Report of the Indian Hemp Drugs Commission, 1894-1895 - Volume III
Year: 1894
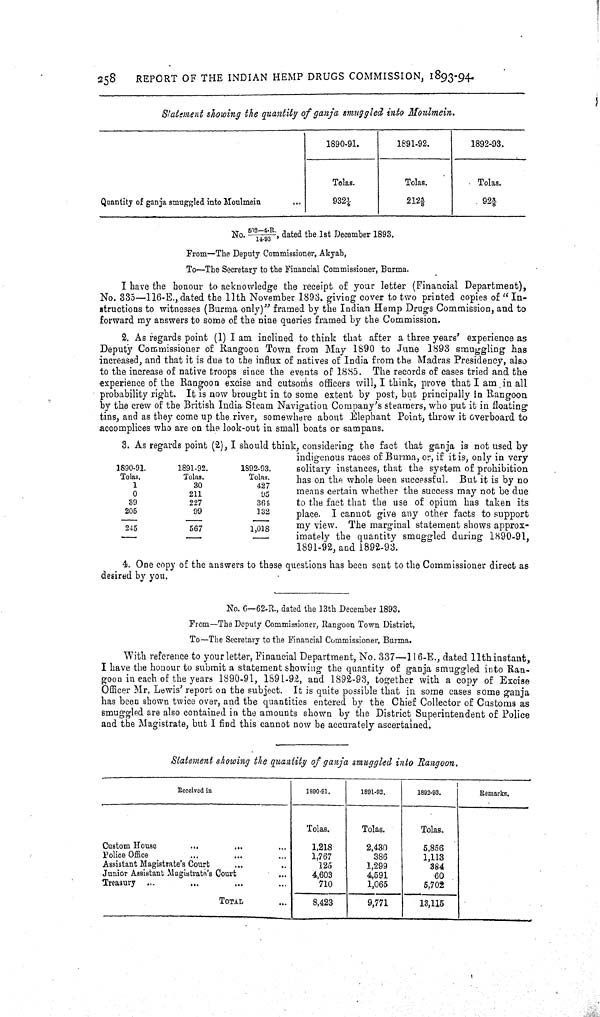
258
REPORT OF THE INDIAN HEMP DRUGS COMMISSION, 1893-94.
Statement showing the quantity of ganja smuggled into Moulmein.
1890-91.
1891-92.
1892-93.
Tolas.
Tolas.
Tolas.
Quantity of ganja smuggled into Moulmein
9321/4
2125/8
9233/8
No. 502—4.R./14-93, dated the 1st December 1893.
From—The Deputy Commi ssi oner, Akyab,
To—The Secretary to the Financial Commi ssi oner, Burma.
I have the honour to acknowledge the receipt of your letter (Financial Department),
No. 335—116-E., dated the 11th November 1893. giving cover to two printed copies of "In-
structions to witnesses (Burma only)" framed by the Indian Hemp Drugs Commission, and to
forward my answers to some of the nine queries framed by the Commission.
2. As regards point (1) I am inclined to think that after a three years' experience as
Deputy Commissioner of Rangoon Town from May 1890 to June 1893 smuggling has
increased, and that it is due to the influx of natives of India from the Madras Presidency, also
to the increase of native troops since the events of 1885. The records of cases tried and the
experience of the Rangoon excise and cutsoms officers will, I think, prove that I am in all
probability right. It is now brought in to some extent by post, but principally in Rangoon
by the crew of the British India Steam Navigation Company's steamers, who put it in floating
tins, and as they come up the river, somewhere about Elephant Point, throw it overboard to
accomplices who are on the look-out in small boats or sampans.
1890-91.
1891-92.
1892-93.
Tolas.
Tolas.
Tolas.
1
30
427
0
211
95
39
227
364
205
99
132
245
567
1,018
3. As regards point (2), I should think, considering the fact that ganja is not used by
indigenous races of Burma, or, if it is, only in very
solitary instances, that the system of prohibition
has on the whole been successful. But it is by no
means certain whether the success may not be due
to the fact that the use of opium has taken its
place. I cannot give any other facts to support
my view. The marginal statement shows approx-
imately the quantity smuggled during 1890-91,
1891-92, and 1892-93.
4. One copy of the answers to these questions has been sent to the Commissioner direct as
desired by you.
No. 6—62-R., dated the 13th December 1893.
From—The Deputy Commissioner, Rangoon Town District,
To—The Secretary to the Financial Commissioner, Burma.
With reference to your letter, Financial Department, No. 337—116-E., dated 11th instant,
I have the honour to submit a statement showing the quantity of ganja smuggled into Ran-
goon in each of the years 1890-91, 1891-92, and 1892-93, together with a copy of Excise
Officer Mr. Lewis' report on the subject. It is quite possible that in some cases some ganja
has been shown twice over, and the quantities entered by the Chief Collector of Customs as
smuggled are also contained in the amounts shown by the District Superintendent of Police
and the Magistrate, but I find this cannot now be accurately ascertained.
Statement showing the quantity of ganja smuggled into Rangoon.
Recei ved in
1890-91.
1891-92.
1892-93.
Remarks.
Tolas.
Tolas.
Tolas.
Custom House
1,218
2,430
5,856
Police Office
1,767
386
1,113
Assistant Magistrate's Court
125
1,299
384
Junior Assistant Magistrate's Court
4,603
4,591
60
Treasury
710
1,065
5,702
TOTAL
8,423
9,771
13,115